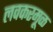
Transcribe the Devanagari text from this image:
लवकरमूळ